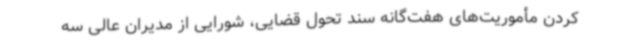
کردن مأموریت‌های هفت‌گانه سند تحول قضایی، شورایی از مدیران عالی سه